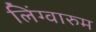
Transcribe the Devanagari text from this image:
लिंग्वारुम